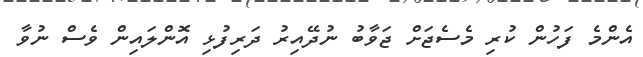
އެންމެ ފަހުން ކުރި މެސެޖަށް ޖަވާބު ނުދޭއިރު ދަރިފުޅި އޮންލައިން ވެސް ނުވާ